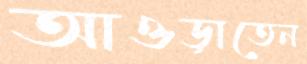
আওড়াতেন